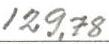
129,78